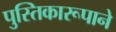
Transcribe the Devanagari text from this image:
पुस्तिकारूपाने